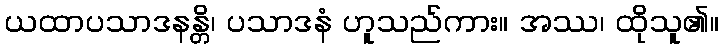
ယထာပသာဒနန္တိ၊ ပသာဒနံ ဟူသည်ကား။ အဿ၊ ထိုသူ၏။